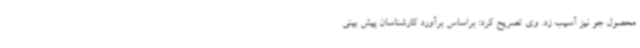
محصول جو نیز آسیب زد. وی تصریح کرد: براساس برآورد کارشناسان پیش بینی